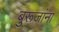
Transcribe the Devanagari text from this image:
बुरूजांना